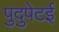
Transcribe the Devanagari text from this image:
पुदुपेटई